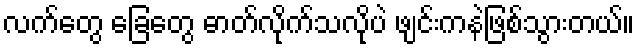
လက်တွေ ခြေတွေ ဓာတ်လိုက်သလိုပဲ ဖျင်းကနဲဖြစ်သွားတယ်။